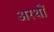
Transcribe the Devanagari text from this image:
अरथों